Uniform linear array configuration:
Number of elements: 8
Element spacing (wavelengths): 0.25
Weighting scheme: hamming
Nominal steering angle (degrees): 0
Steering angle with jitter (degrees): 0.1734
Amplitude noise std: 0.05
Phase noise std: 0.05

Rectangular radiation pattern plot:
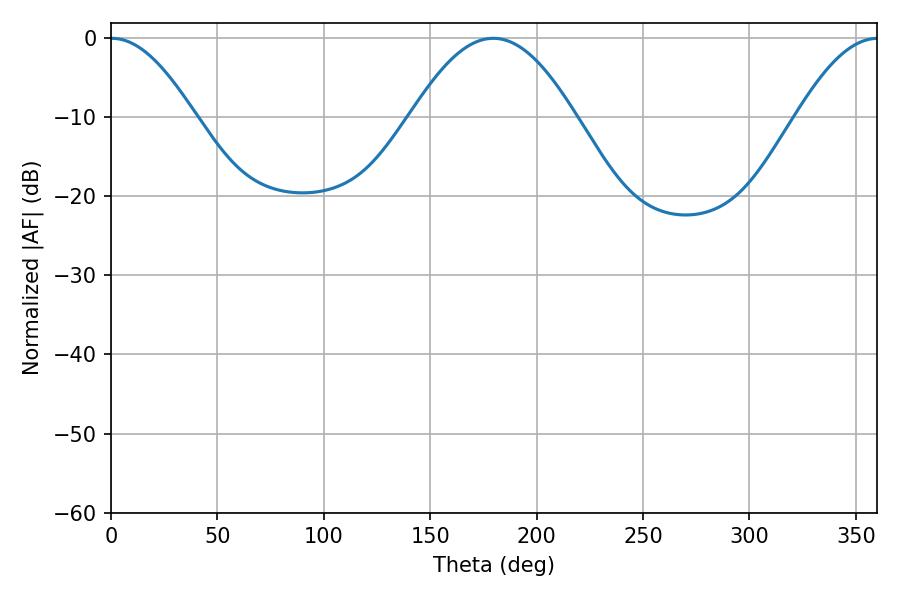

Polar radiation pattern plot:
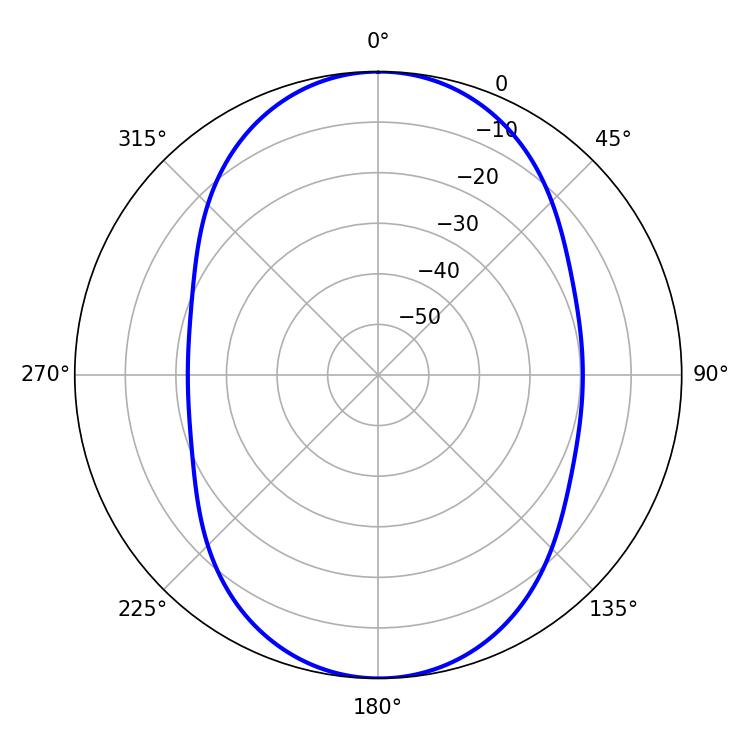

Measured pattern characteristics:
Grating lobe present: FALSE
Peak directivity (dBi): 19.573
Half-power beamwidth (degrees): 21.24
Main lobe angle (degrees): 0.36